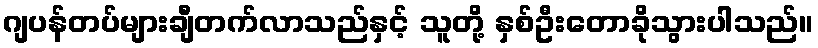
ဂျပန်တပ်များချီတက်လာသည်နှင့် သူတို့ နှစ်ဦးတောခိုသွားပါသည်။